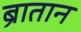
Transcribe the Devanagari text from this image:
ब्रातान